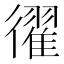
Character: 𢖈